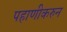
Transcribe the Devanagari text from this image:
पहाणीकरुन